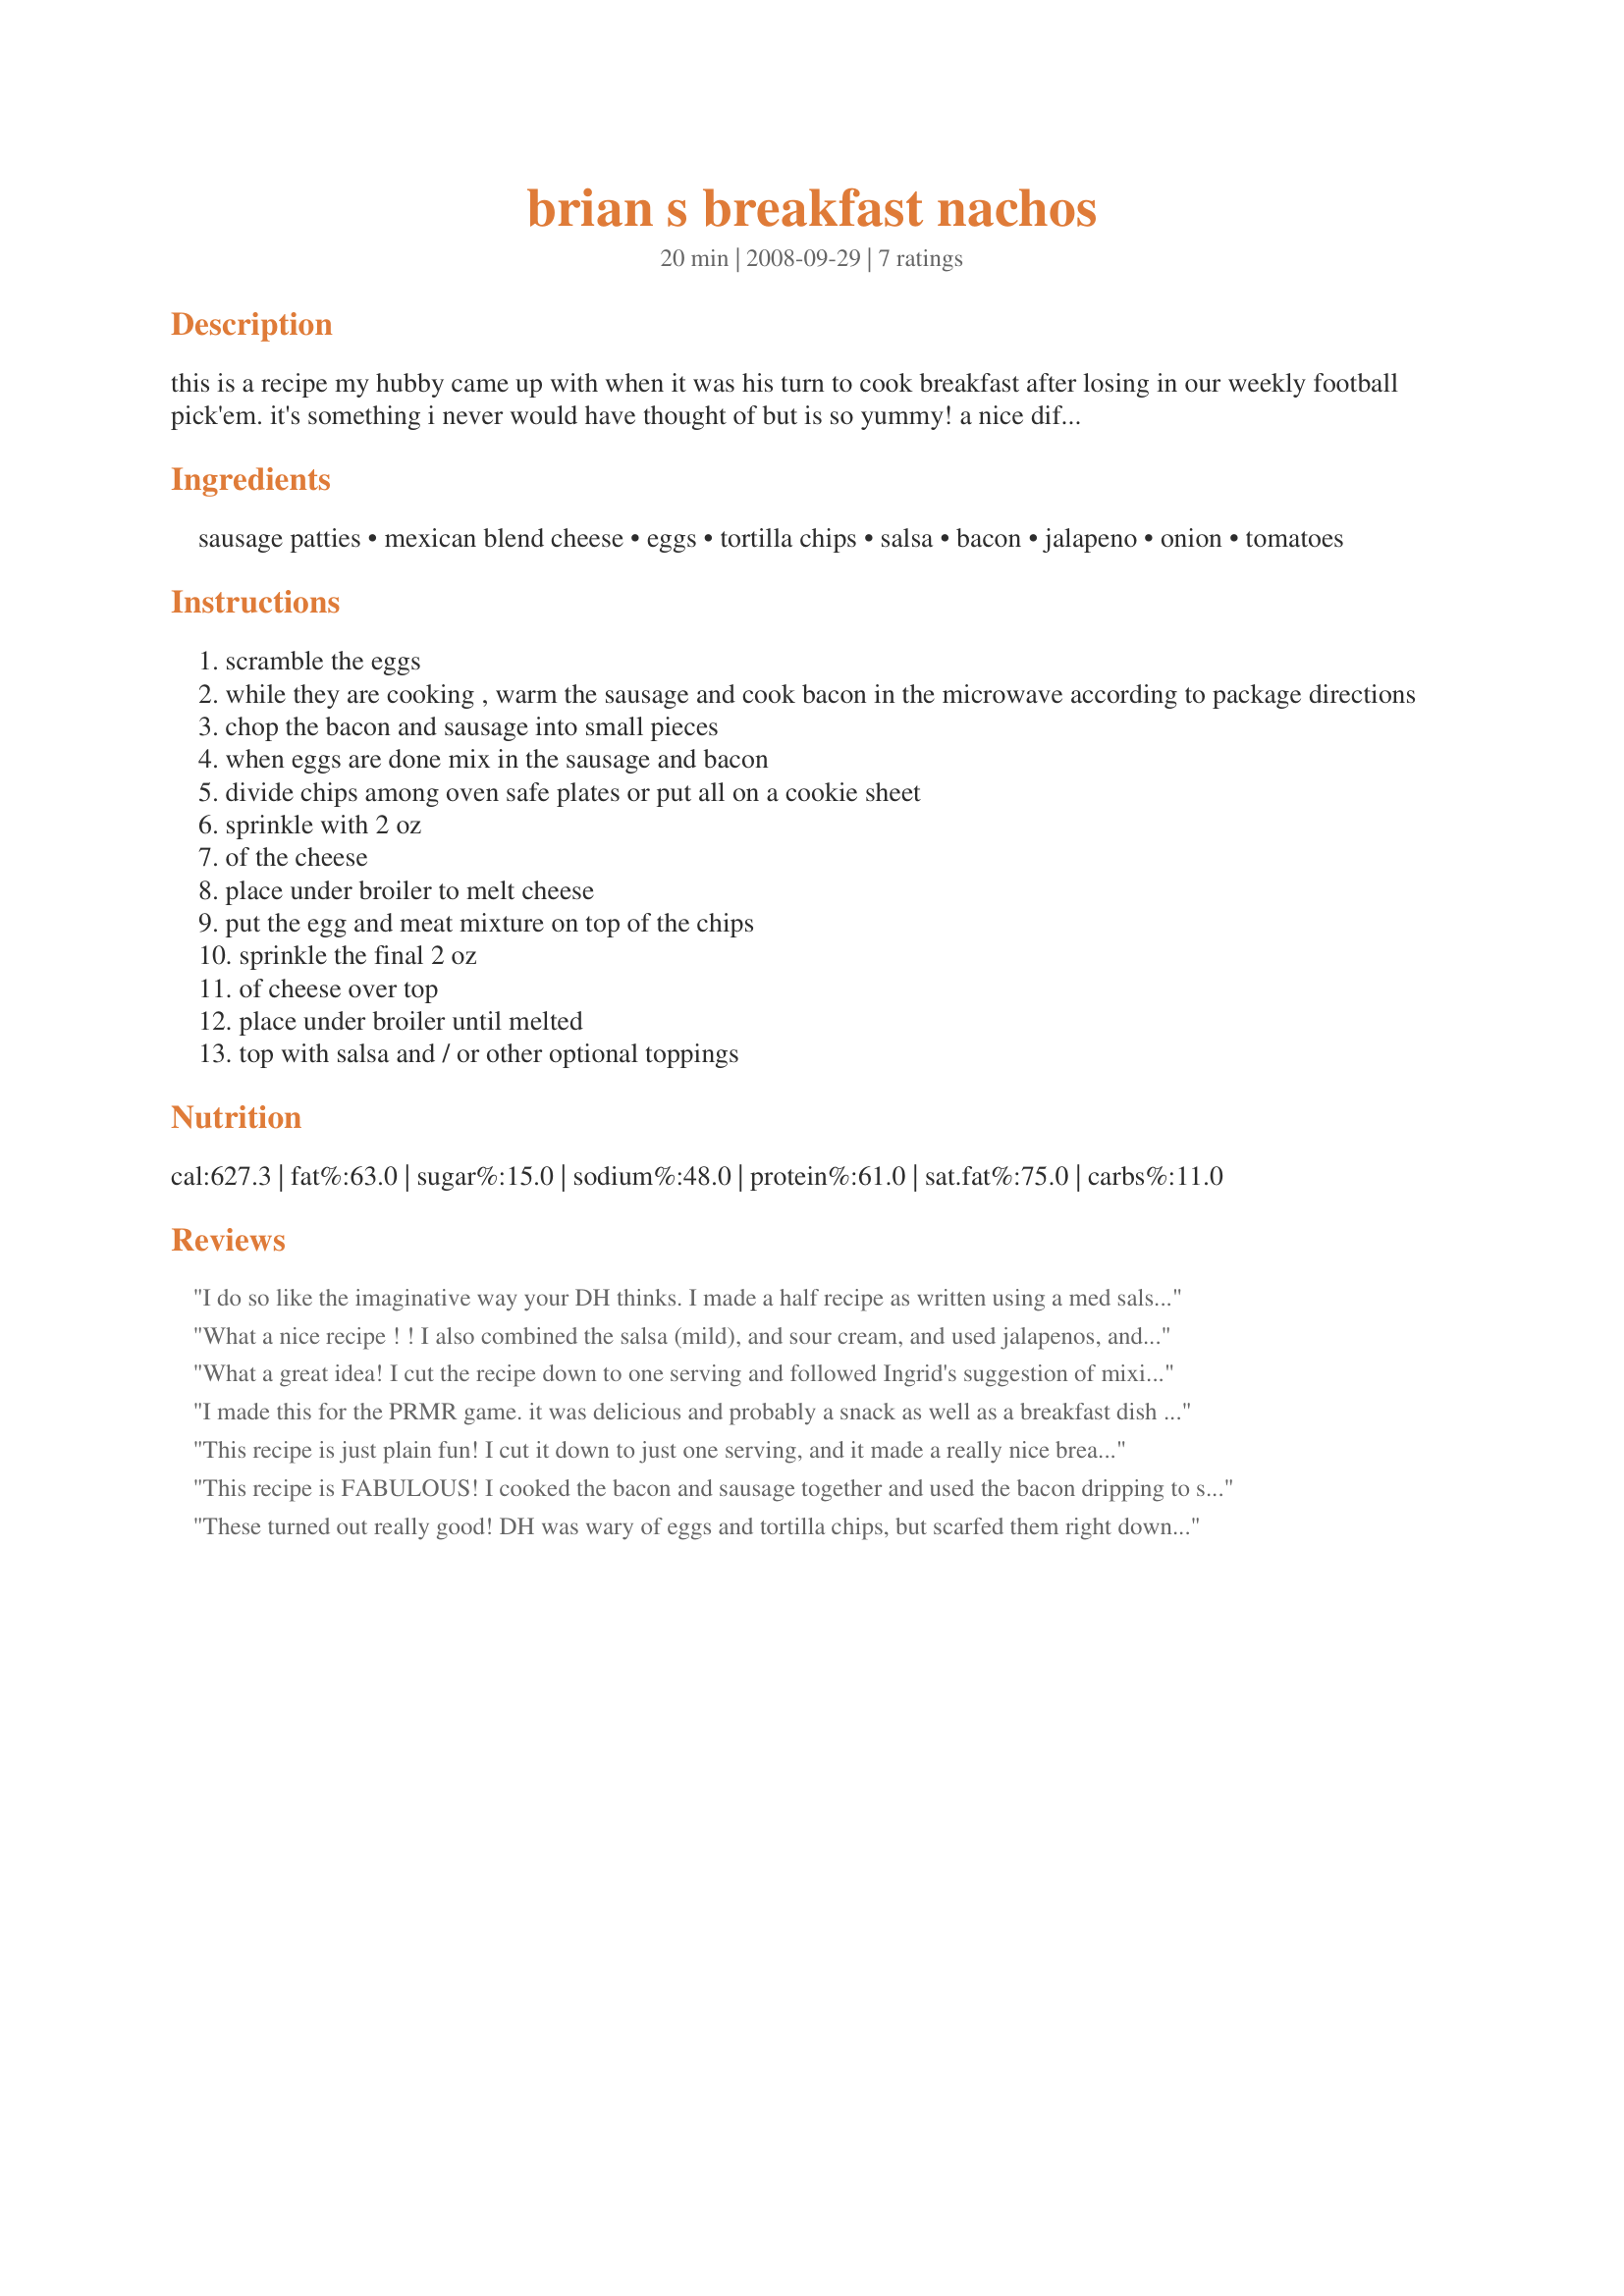
brian s breakfast nachos
Preparation time: 20 minutes

this is a recipe my hubby came up with when it was his turn to cook breakfast after losing in our weekly football pick'em. it's something i never would have thought of but is so yummy! a nice different way to do breakfast.

Ingredients:
sausage patties, mexican blend cheese, eggs, tortilla chips, salsa, bacon, jalapeno, onion, tomatoes

Steps:
scramble the eggs
while they are cooking , warm the sausage and cook bacon in the microwave according to package directions
chop the bacon and sausage into small pieces
when eggs are done mix in the sausage and bacon
divide chips among oven safe plates or put all on a cookie sheet
sprinkle with 2 oz
of the cheese
place under broiler to melt cheese
put the egg and meat mixture on top of the chips
sprinkle the final 2 oz
of cheese over top
place under broiler until melted
top with salsa and / or other optional toppings

Reviews:
I do so like the imaginative way your DH thinks. I made a half recipe as written using a med salsa & it generously served 2 of us topped w/seeded & diced tomato + a dollop of sour cream on top & some fruit on the side. Not a single morsel was left. Tell your DH his concoction took me happily back to my Dallas roots & thx for sharing his sure to be repeated recipe w/us. *Yum* ! :-)
What a nice recipe ! ! I also combined the salsa (mild), and sour cream, and used jalapenos, and made for a nice start to the day. Easy to prepare, and scarfed down by all. Nice little southwest flavor. I can see these as a snack during the games too. Made and enjoyed this and tagged in Zaar Stars.
What a great idea! I cut the recipe down to one serving and followed Ingrid's suggestion of mixing the salsa with sour cream. Topped the nachos with onions, jalapenos and avocado chunks. This is a perfect breakfast! Thanks for sharing, Shelby Jo. ***Made for PRMR***
I made this for the PRMR game. it was delicious and probably a snack as well as a breakfast dish :) my boyfriend annihilated it. I'm lucky a got a few chips lol. def a repeater.
This recipe is just plain fun! I cut it down to just one serving, and it made a really nice breakfast. Like another reviewer, I used more cheese than called for, but what are nachos without a lot of cheese? To garnish, I made a "dressing" by mixing salsa with a bit of sour cream, then drizzled over the top. Chopped scallions would also be great. I'm definitely making this the next time I have my nephews over- the kids will just love it!
This recipe is FABULOUS! I cooked the bacon and sausage together and used the bacon dripping to scrambled the eggs, then I laid everything in a square quiche pan to broil. Topped with chopped tomatoes, jalapenos, and some chives, the nachos turned out to be a wonderful dinner for us. We enjoyed it with some nacho cheese. Totally hit the spot! Will make again and again.
These turned out really good! DH was wary of eggs and tortilla chips, but scarfed them right down! Being a "mouse" family I used WAY more cheese than called for. We'll be making these again!
